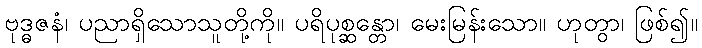
ဗုဒ္ဓဇနံ၊ ပညာရှိသောသူတို့ကို။ ပရိပုစ္ဆန္တော၊ မေးမြန်းသော။ ဟုတွာ၊ ဖြစ်၍။